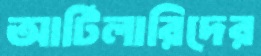
আর্টিলারিদের